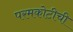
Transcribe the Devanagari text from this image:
परमकोटीची